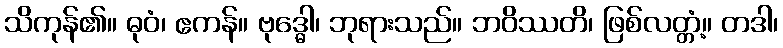
သိကုန်၏။ ဓုဝံ၊ ဧကန်။ ဗုဒ္ဓေါ၊ ဘုရားသည်။ ဘဝိဿတိ၊ ဖြစ်လတ္တံ့။ တဒါ၊